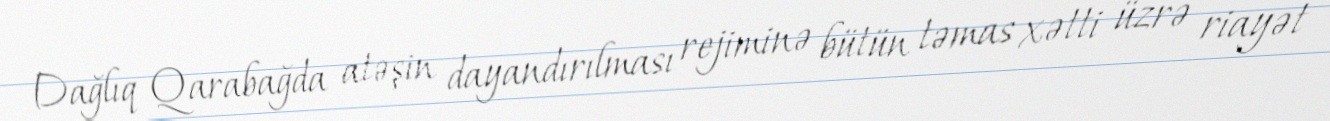
Dağlıq Qarabağda atəşin dayandırılması rejiminə bütün təmas xətti üzrə riayət